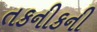
તકનીકની